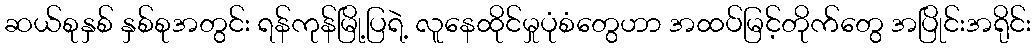
ဆယ်စုနှစ် နှစ်စုအတွင်း ရန်ကုန်မြို့ပြရဲ့ လူနေထိုင်မှုပုံစံတွေဟာ အထပ်မြင့်တိုက်တွေ အပြိုင်းအရိုင်း